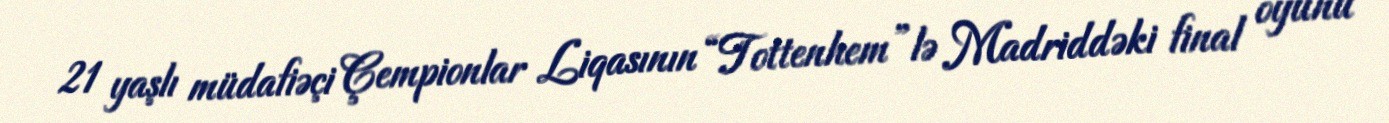
21 yaşlı müdafiəçi Çempionlar Liqasının “Tottenhem”lə Madriddəki final oyunu